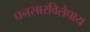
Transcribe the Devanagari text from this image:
घनसारविलेपाय